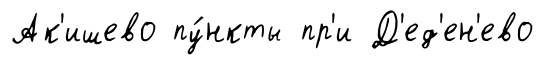
Ак'ишево пу́нкты пр'и Д'ед'ен'ево